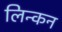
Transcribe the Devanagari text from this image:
लिन्कन